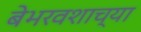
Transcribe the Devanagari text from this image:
बेभरवशाच्या